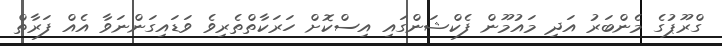
ގްރޫޕުގެ މެންބަރު އަދި މައުމޫން ފެކްޝަންގައި އިސްކޮށް ހަރަކާތްތެރިވެ ވަޑައިގަންނަވާ އެއް ފަރާތް